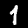
Label: 1